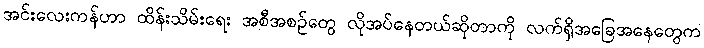
အင်းလေးကန်ဟာ ထိန်းသိမ်းရေး အစီအစဉ်တွေ လိုအပ်နေတယ်ဆိုတာကို လက်ရှိအခြေအနေတွေက